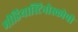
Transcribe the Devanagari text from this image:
मीडियास्टिनोस्कोपी